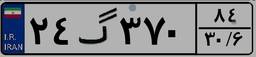
۲۴گ۳۷۰۸۴